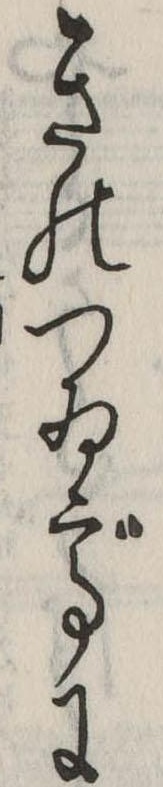
きのつゐでに